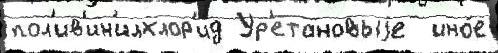
пол'ив'ин'илхлор'ид Ур'етановыjе  ино́е